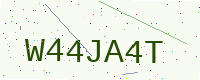
Text: W44JA4T